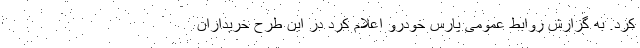
کرد. به گزارش روابط عمومی پارس خودرو اعلام کرد در این طرح خریداران